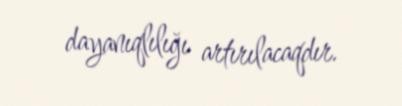
dayanıqlılığı artırılacaqdır.